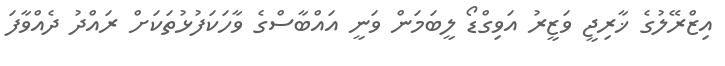
އިޒްރޭލުގެ ޚާރިޖީ ވަޒީރު އަވިގްޑޯ ލީބަމަން ވަނީ އައްބާސްގެ ވާހަކަފުޅުތަކަށް ރައްދު ދެއްވާފަ